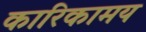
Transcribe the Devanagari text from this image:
कारिकामय